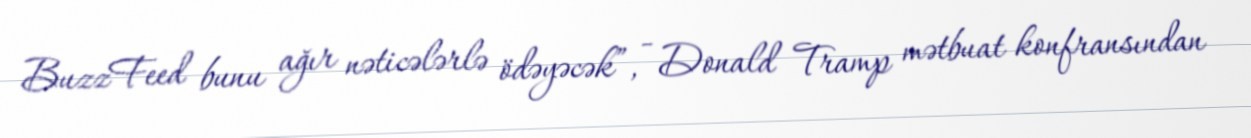
BuzzFeed bunu ağır nəticələrlə ödəyəcək”, - Donald Tramp mətbuat konfransından